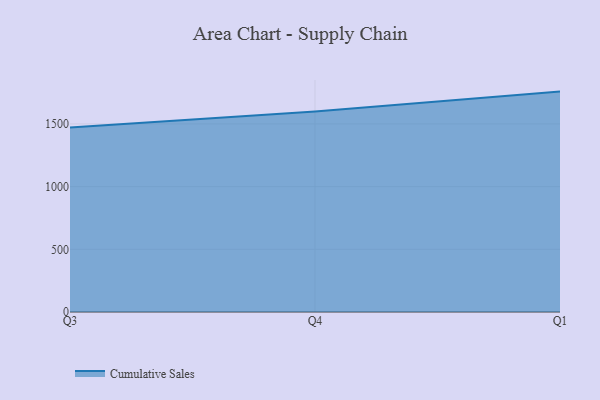
{"axis": {"x": "Quarter", "y": "Energy Usage (MWh)"}, "legend": ["Cumulative Sales"], "data": [{"x": "Q3", "y": 1470.6, "type": "Cumulative Sales"}, {"x": "Q4", "y": 1599.9, "type": "Cumulative Sales"}, {"x": "Q1", "y": 1757.8, "type": "Cumulative Sales"}]}